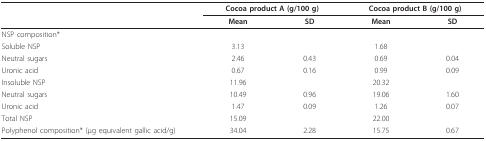
<table><thead><tr><td></td><td colspan="2"><b>Cocoa product A (g/100 g)</b></td><td colspan="2"><b>Cocoa product B (g/100 g)</b></td></tr><tr><td></td><td><b>Mean</b></td><td><b>SD</b></td><td><b>Mean</b></td><td><b>SD</b></td></tr></thead><tbody><tr><td>NSP composition*</td><td></td><td></td><td></td><td></td></tr><tr><td>Soluble NSP</td><td>3.13</td><td></td><td>1.68</td><td></td></tr><tr><td>Neutral sugars</td><td>2.46</td><td>0.43</td><td>0.69</td><td>0.04</td></tr><tr><td>Uronic acid</td><td>0.67</td><td>0.16</td><td>0.99</td><td>0.09</td></tr><tr><td>Insoluble NSP</td><td>11.96</td><td></td><td>20.32</td><td></td></tr><tr><td>Neutral sugars</td><td>10.49</td><td>0.96</td><td>19.06</td><td>1.60</td></tr><tr><td>Uronic acid</td><td>1.47</td><td>0.09</td><td>1.26</td><td>0.07</td></tr><tr><td>Total NSP</td><td>15.09</td><td></td><td>22.00</td><td></td></tr><tr><td>Polyphenol composition* (μg equivalent gallic acid/g)</td><td>34.04</td><td>2.28</td><td>15.75</td><td>0.67</td></tr></tbody></table>